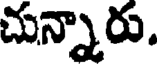
చున్నారు.